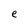
Character: e